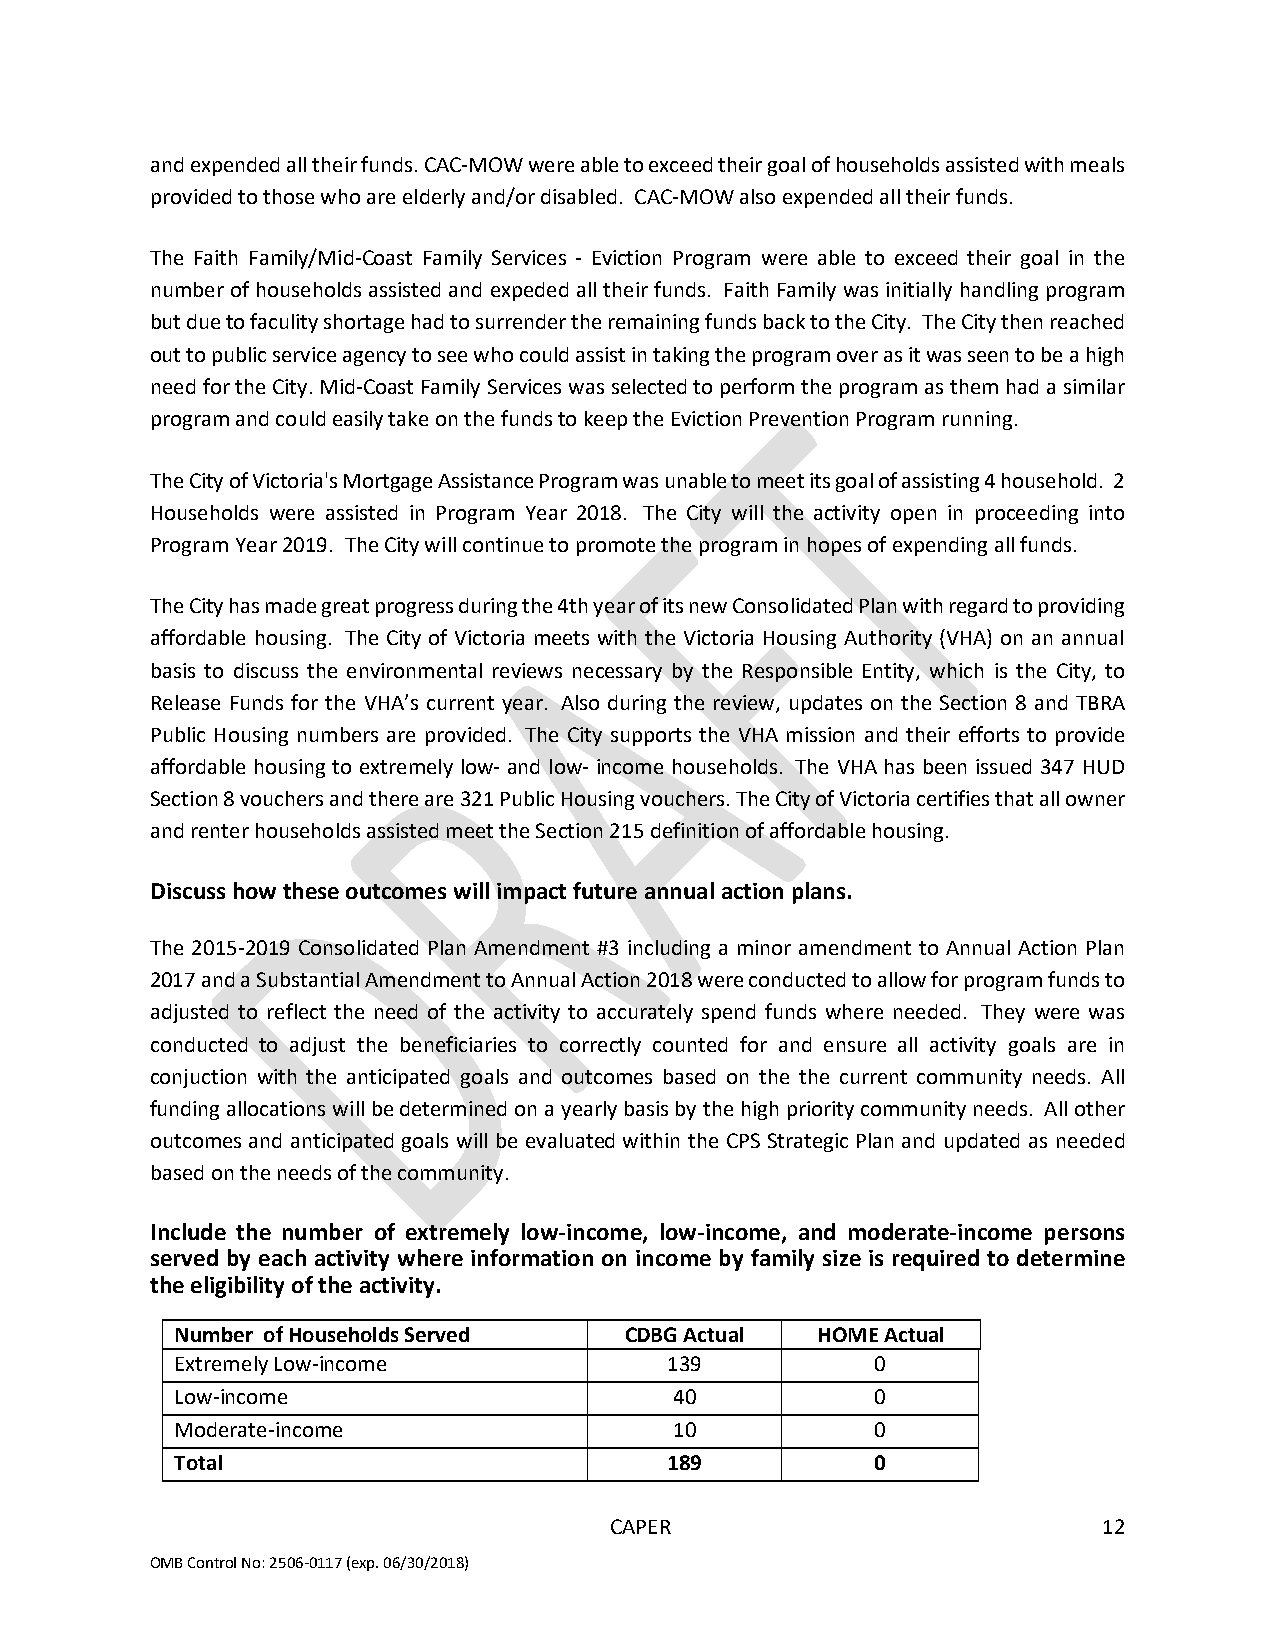
and expended all their funds. CAC-MOW were able to exceed their goal of households assisted with meals
 provided to those who are elderly and/or disabled. CAC-MOW also expended all their funds.
 The Faith Family/Mid-Coast Family Services - Eviction Program were able to exceed their goal in the
 number of households assisted and expeded all their funds. Faith Family was initially handling program
 but due to faculity shortage had to surrender the remaining funds back to the City. The City then reached
 out to public service agency to see who could assist in taking the program over as it was seen to be a high
 need for the City. Mid-Coast Family Services was selected to perform the program as them had a similar
 program and could easily take on the funds to keep the Eviction Prevention Program running.
 The City of Victoria's Mortgage Assistance Program was unable to meet its goal of assisting 4 household. 2
 Households were assisted in Program Year 2018. The City will the activity open in proceeding into
 Program Year 2019. The City will continue to promote the program in hopes of expending all funds.
 The City has made great progress during the 4th year of its new Consolidated Plan with regard to providing
 affordable housing. The City of Victoria meets with the Victoria Housing Authority (VHA) on an annual
 basis to discuss the environmental reviews necessary by the Responsible Entity, which is the City, to
 Release Funds for the VHA’s current year. Also during the review, updates on the Section 8 and TBRA
 Public Housing numbers are provided. The City supports the VHA mission and their efforts to provide
 affordable housing to extremely low- and low- income households. The VHA has been issued 347 HUD
 Section 8 vouchers and there are 321 Public Housing vouchers. The City of Victoria certifies that all owner
 and renter households assisted meet the Section 215 definition of affordable housing.
 Discuss how these outcomes will impact future annual action plans.
 The 2015-2019 Consolidated Plan Amendment #3 including a minor amendment to Annual Action Plan
 2017 and a Substantial Amendment to Annual Action 2018 were conducted to allow for program funds to
 adjusted to reflect the need of the activity to accurately spend funds where needed. They were was
 conducted to adjust the beneficiaries to correctly counted for and ensure all activity goals are in
 conjuction with the anticipated goals and outcomes based on the the current community needs. All
 funding allocations will be determined on a yearly basis by the high priority community needs. All other
 outcomes and anticipated goals will be evaluated within the CPS Strategic Plan and updated as needed
 based on the needs of the community.
 Include the number of extremely low-income, low-income, and moderate-income persons
 served by each activity where information on income by family size is required to determine
 the eligibility of the activity.
 Number of Households Served  CDBG Actual  HOME Actual
 Extremely Low-income            139           0
 Low-income                       40           0
 Moderate-income                  10           0
 Total                           189           0
 CAPER                            12
 OMB Control No: 2506-0117 (exp. 06/30/2018)